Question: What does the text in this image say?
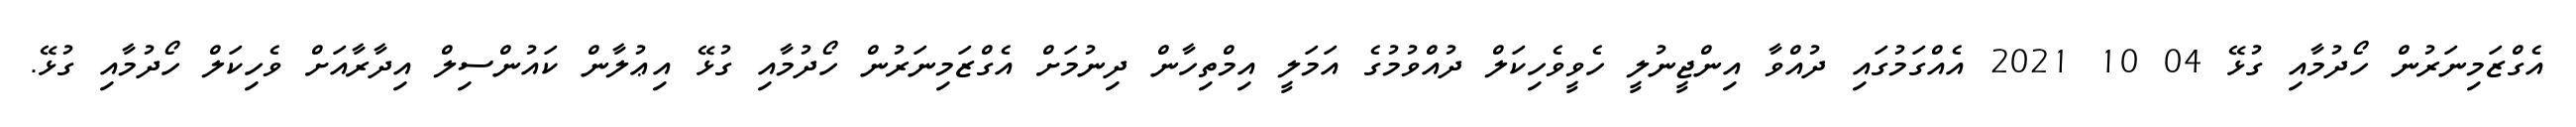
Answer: އެގްޒަމިނަރުން ހޯދުމާއި ގުޅޭ 04 10 2021 އެއްގަމުގައި ދުއްވާ އިންޖީނުލީ ހެވީވެހިކަލް ދުއްވުމުގެ އަމަލީ އިމްތިހާން ދިނުމަށް އެގްޒަމިނަރުން ހޯދުމާއި ގުޅޭ އިޢުލާން ކައުންސިލް އިދާރާއަށް ވެހިކަލް ހޯދުމާއި ގުޅޭ.